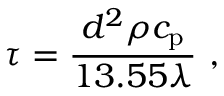
\tau = \frac { d ^ { 2 } \rho c _ { \mathrm { p } } } { 1 3 . 5 5 \lambda } ~ ,